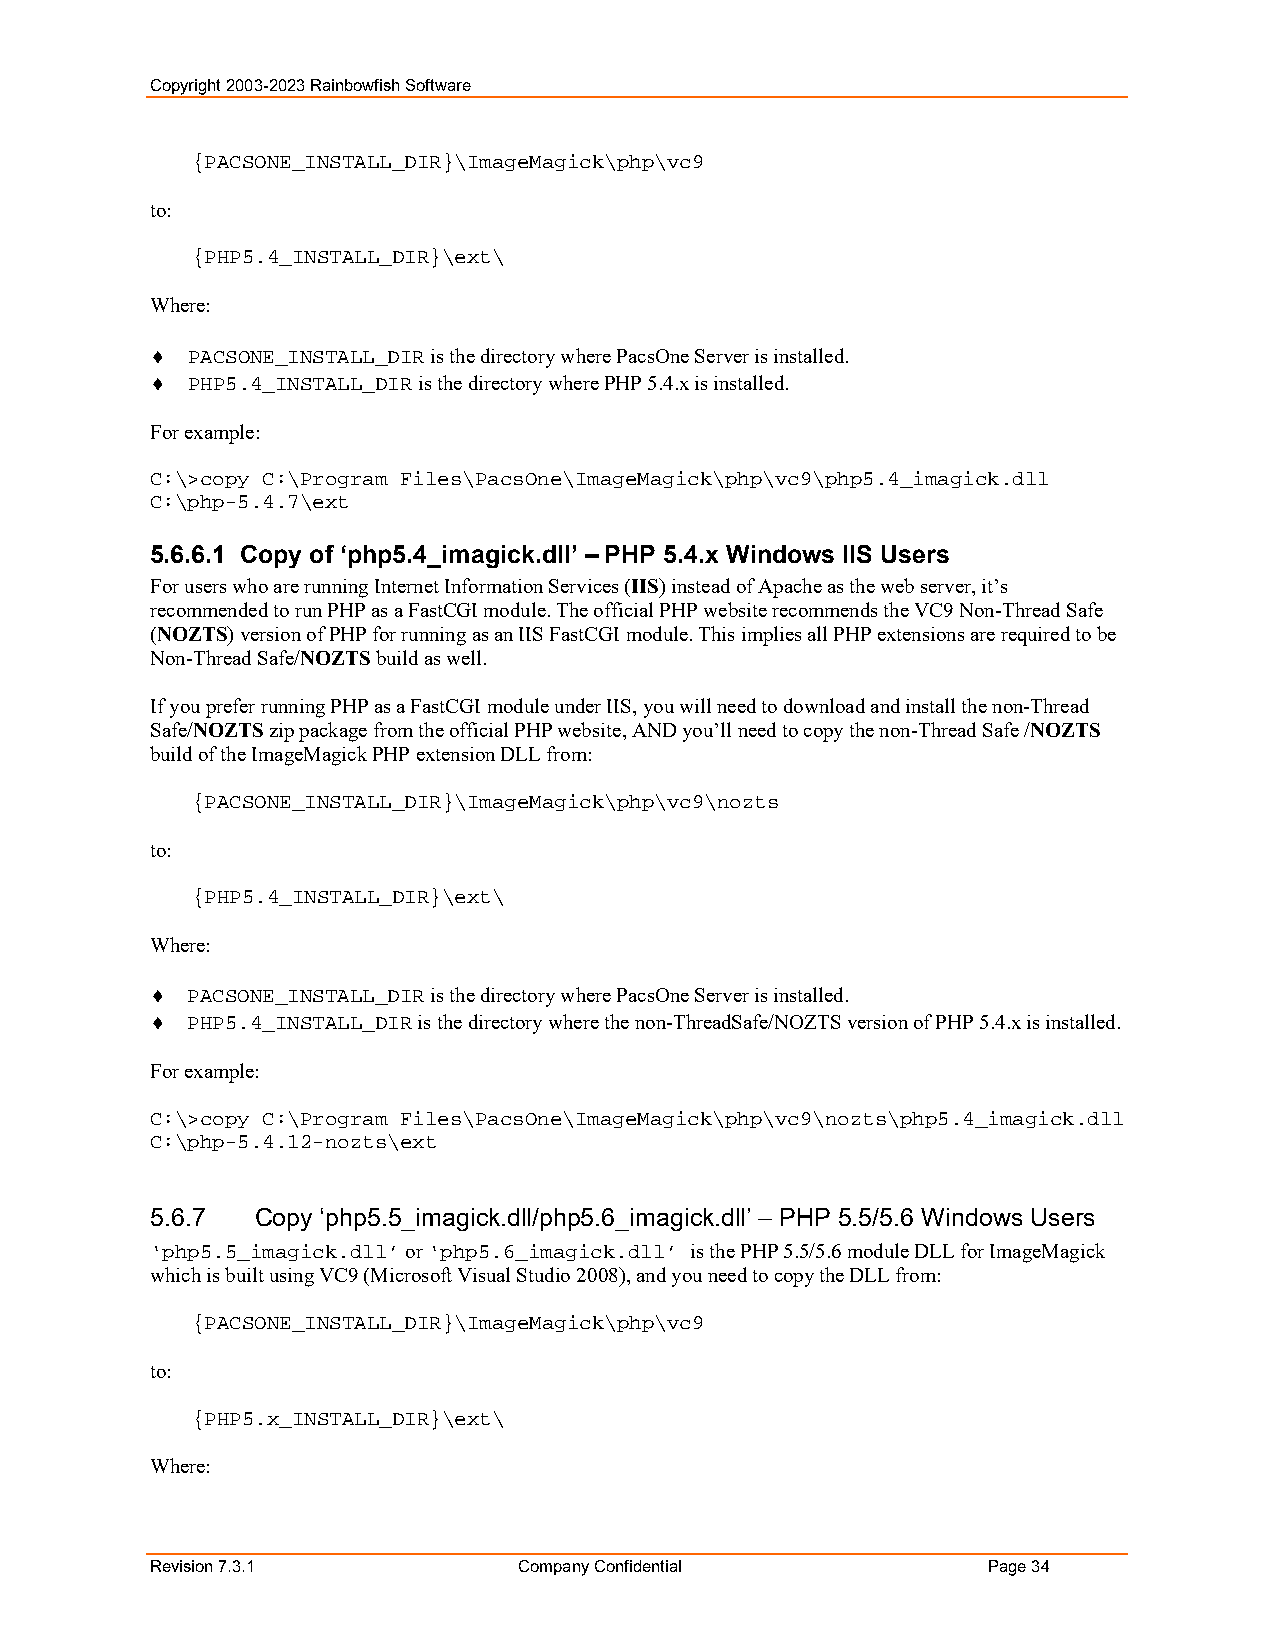
Copyright 2003-2023 Rainbowfish Software
 {PACSONE_INSTALL_DIR}\ImageMagick\php\vc9
 to:
 {PHP5.4_INSTALL_DIR}\ext\
 Where:
  PACSONE_INSTALL_DIR is the directory where PacsOne Server is installed.
  PHP5.4_INSTALL_DIR is the directory where PHP 5.4.x is installed.
 For example:
 C:\>copy C:\Program Files\PacsOne\ImageMagick\php\vc9\php5.4_imagick.dll
 C:\php-5.4.7\ext
 5.6.6.1 Copy of ‘php5.4_imagick.dll’ – PHP 5.4.x Windows IIS Users
 For users who are running Internet Information Services (IIS) instead of Apache as the web server, it’s
 recommended to run PHP as a FastCGI module. The official PHP website recommends the VC9 Non-Thread Safe
 (NOZTS) version of PHP for running as an IIS FastCGI module. This implies all PHP extensions are required to be
 Non-Thread Safe/NOZTS build as well.
 If you prefer running PHP as a FastCGI module under IIS, you will need to download and install the non-Thread
 Safe/NOZTS zip package from the official PHP website, AND you’ll need to copy the non-Thread Safe /NOZTS
 build of the ImageMagick PHP extension DLL from:
 {PACSONE_INSTALL_DIR}\ImageMagick\php\vc9\nozts
 to:
 {PHP5.4_INSTALL_DIR}\ext\
 Where:
  PACSONE_INSTALL_DIR is the directory where PacsOne Server is installed.
  PHP5.4_INSTALL_DIR is the directory where the non-ThreadSafe/NOZTS version of PHP 5.4.x is installed.
 For example:
 C:\>copy C:\Program Files\PacsOne\ImageMagick\php\vc9\nozts\php5.4_imagick.dll
 C:\php-5.4.12-nozts\ext
 5.6.7  Copy ‘php5.5_imagick.dll/php5.6_imagick.dll’ – PHP 5.5/5.6 Windows Users
 ‘php5.5_imagick.dll’ or ‘php5.6_imagick.dll’ is the PHP 5.5/5.6 module DLL for ImageMagick
 which is built using VC9 (Microsoft Visual Studio 2008), and you need to copy the DLL from:
 {PACSONE_INSTALL_DIR}\ImageMagick\php\vc9
 to:
 {PHP5.x_INSTALL_DIR}\ext\
 Where:
 Revision 7.3.1          Company Confidential           Page 34